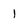
Character: 1